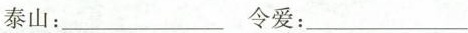
泰山：___ 令爱：____